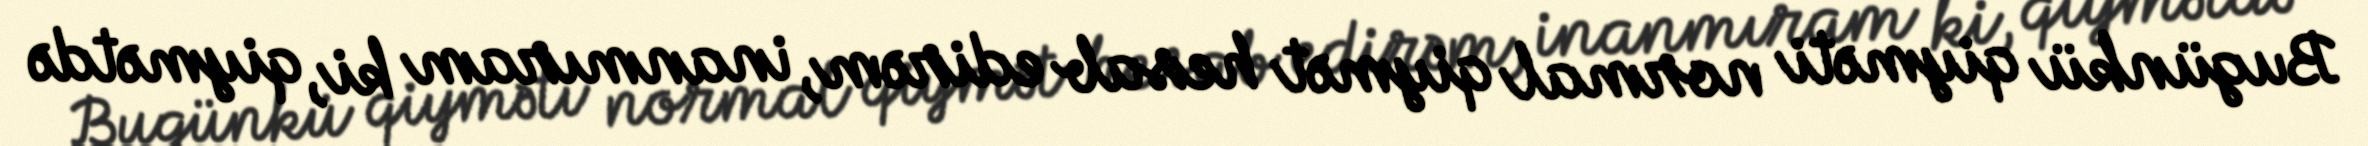
Bugünkü qiyməti normal qiymət hesab edirəm, inanmıram ki, qiymətdə